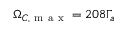
\Omega _ { C , \mathrm { ~ m ~ a ~ x ~ } } = 2 0 8 \Gamma _ { a }